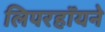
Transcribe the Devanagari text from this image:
लिपरहॉयने